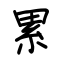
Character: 累